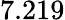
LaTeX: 7.219